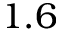
1 . 6